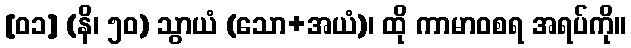
[၀၁] (နိ၊ ၅၀) သွာယံ (သော+အယံ)၊ ထို ကာမာဝစရ အရပ်ကို။